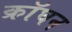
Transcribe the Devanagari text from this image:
क्रॉघन